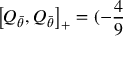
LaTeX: \left[ Q _ { \bar { \theta } } , Q _ { \bar { \theta } } \right] _ { + } = ( - \frac { 4 } { 9 }